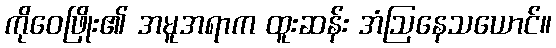
ကိုဝေဖြိုး၏ အမူအရာက ထူးဆန်း အံဩနေသယောင်။